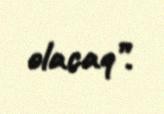
olacaq”.